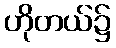
ဟိုတယ်၌